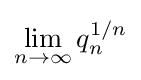
\lim _{n\to \infty }q_{n}^{1/n}